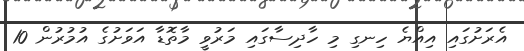
އެރަށުގައި އިއްޔެ ހިނގި މި ހާދިސާގައި މަރުވީ މާތޮޑާ އަވަށުގެ އުމުރުން 10